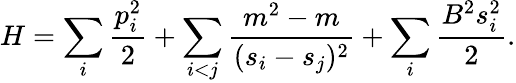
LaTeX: H=\sum_{i}{\frac{p_{i}^{2}}{2}}+\sum_{i<j}{\frac{m^{2}-m}{(s_{i}-s_{j})^{2}}}+\sum_{i}{\frac{B^{2}s_{i}^{2}}{2}}.